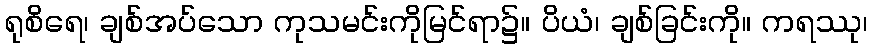
ရုစိရေ၊ ချစ်အပ်သော ကုသမင်းကိုမြင်ရာ၌။ ပိယံ၊ ချစ်ခြင်းကို။ ကရဿု၊